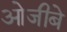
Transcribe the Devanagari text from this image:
ओजीबे